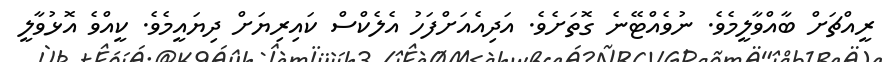
ރީއްޗަށް ބާއްވާލީމެވެ. ނުވެއްޓޭނެ ގޮތަށެވެ. އަދިއެއަށްފަހު އެލެކްސް ކައިރިޔަށް ދިޔައީމެވެ. ކީއްވެ އޮޅުވާލީ